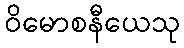
ဝိမောစနီယေသု